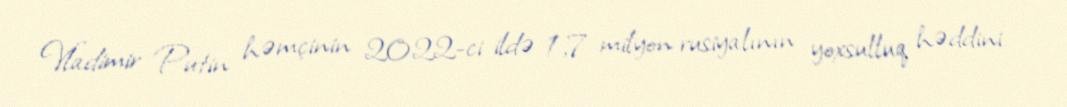
Vladimir Putin həmçinin 2022-ci ildə 1,7 milyon rusiyalının yoxsulluq həddini